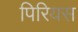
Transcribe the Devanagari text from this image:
पिरियस